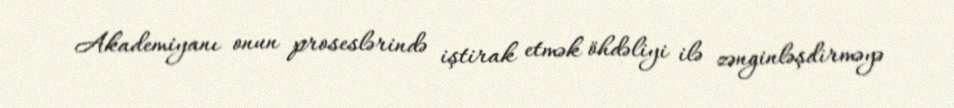
Akademiyanı onun proseslərində iştirak etmək öhdəliyi ilə zənginləşdirməyə